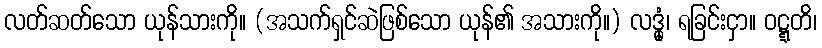
လတ်ဆတ်သော ယုန်သားကို။ (အသက်ရှင်ဆဲဖြစ်သော ယုန်၏ အသားကို။) လဒ္ဓုံ၊ ရခြင်းငှာ။ ဝဋ္ဋတိ၊